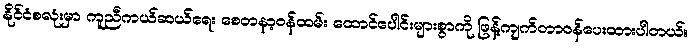
နိုင်ငံစလုံးမှာ ကူညီကယ်ဆယ်ရေး စေတနာ့ဝန်ထမ်း ထောင်ပေါင်းများစွာကို ဖြန့်ကျက်တာဝန်ပေးထားပါတယ်။